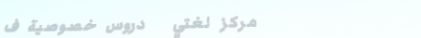
مركز لغتي   دروس خصوصية ف